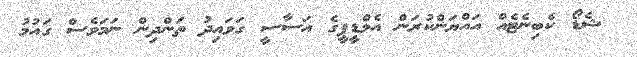
ޝެޑޯ ކެބިނެޓެއް އައްޔަންކުރަން އެމްޑީޕީގެ އަސާސީ ގަވައިދު ތަންދިން ނަމަވެސް ގައުމު